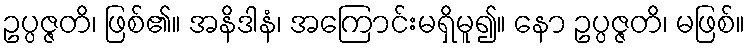
ဥပ္ပဇ္ဇတိ၊ ဖြစ်၏။ အနိဒါနံ၊ အကြောင်းမရှိမူ၍။ နော ဥပ္ပဇ္ဇတိ၊ မဖြစ်။